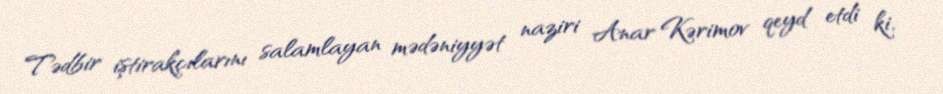
Tədbir iştirakçılarını salamlayan mədəniyyət naziri Anar Kərimov qeyd etdi ki,